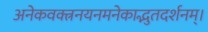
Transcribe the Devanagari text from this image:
अनेकवक्त्रनयनमनेकाद्भुतदर्शनम्‌।